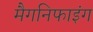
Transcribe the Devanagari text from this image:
मैगनिफाइंग